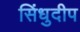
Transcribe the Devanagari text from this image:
सिंधुदीप